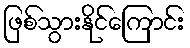
ဖြစ်သွားနိုင်ကြောင်း